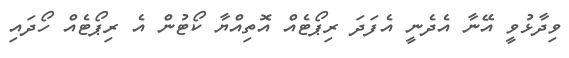
ވިދާޅުވީ އޭނާ އެދެނީ އެފަދަ ރިޕޯޓެއް އޮތިއްޔާ ކޯޓުން އެ ރިޕޯޓެއް ހޯދައި